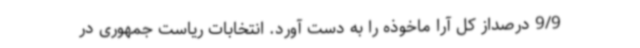
9/9 درصداز کل آرا ماخوذه را به دست آورد. انتخابات ریاست جمهوری در